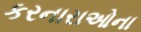
કરનારાઓના